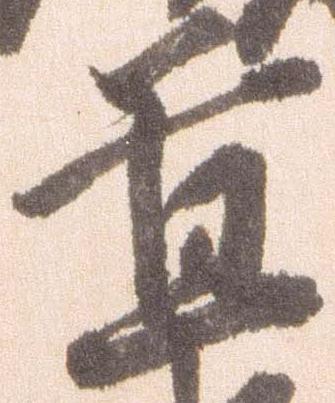
置